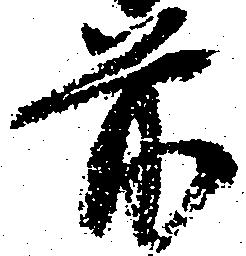
前